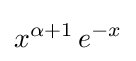
x^{\alpha +1}\,e^{-x}